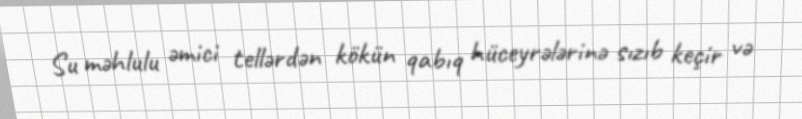
Su məhlulu əmici tellərdən kökün qabıq hüceyrələrinə sızıb keçir və